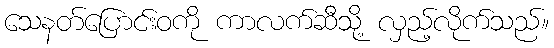
သေနတ်ပြောင်းဝကို ကာလက်ဆီသို့ လှည့်လိုက်သည်။